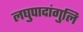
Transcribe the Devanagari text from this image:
लघुपादांगुलि